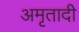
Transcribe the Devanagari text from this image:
अमृतादी